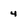
Character: 4